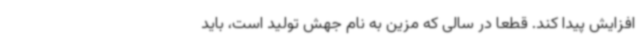
افزایش پیدا کند. قطعا در سالی که مزین به نام جهش تولید است، باید